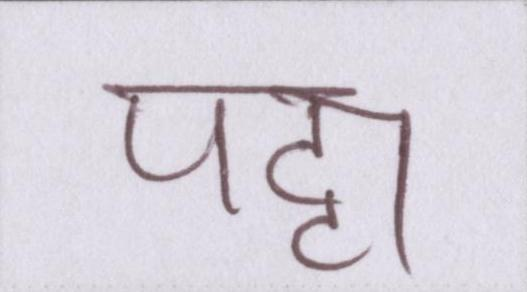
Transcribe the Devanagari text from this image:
पट्टा